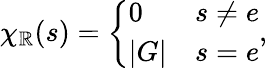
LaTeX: \chi_{\mathbb{R}}(s)={\left\{ \begin{array}{ll}{0}&{s\neq e}\\ {|G|}&{s=e}\end{array}\right.},